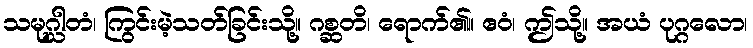
သမုဂ္ဃါတံ၊ ကြွင်းမဲ့သတ်ခြင်းသို့။ ဂစ္ဆတိ၊ ရောက်၏။ ဧဝံ၊ ဤသို့။ အယံ ပုဂ္ဂလော၊